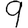
Digit: 9